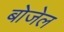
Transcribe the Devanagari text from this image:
बोजेल